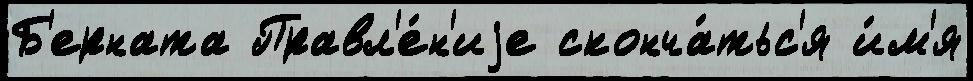
Б'ерната Правл'е́н'иjе сконча́тьс'я и́м'я